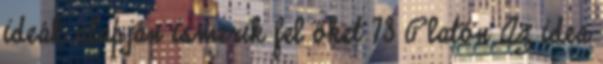
ideák alapján ismerik fel őket 73 Platón Az idea